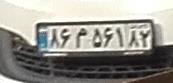
۸۶م۵۶۱۸۲